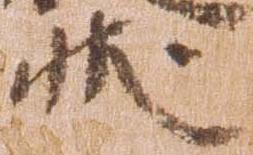
状